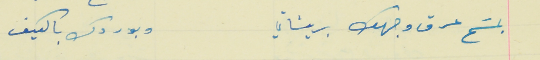
بمسَح عرق وجهك بريشاتي                                       وبوردك بالكيف